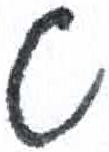
אות: ט